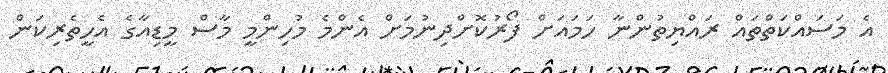
އެ މަސައްކަތްތައް ރައްޔިތުންނާ ހަމައަށް ފޯރުކޮށްދިނުމަށް އެންމެ މުހިންމީ މާސް މީޑިއާގެ އެހީތެރިކަން